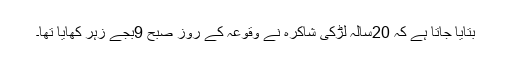
بتایا جاتا ہے کہ 20سالہ لڑکی شاکرہ نے وقوعہ کے روز صبح 9بجے زہر کھایا تھا۔